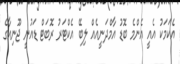
އެކަމަކު އެއީ އެންމެ ބޮޑު އާމްދަނީއެއް ލިބޭ އެކްޓަރު ރޮބަޓް ޑައުނީ ޖޫނިއާގެ